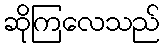
ဆိုကြလေသည်